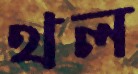
থল